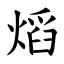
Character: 熖